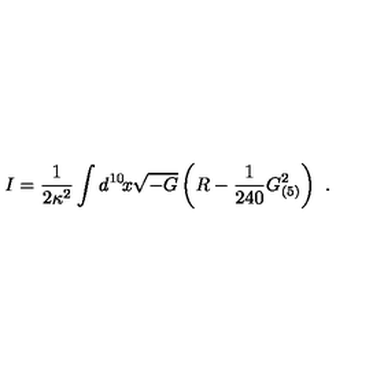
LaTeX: I = \frac { 1 } { 2 \kappa ^ { 2 } } \int d ^ { 1 0 } \! x \sqrt { - G } \left( R - \frac { 1 } { 2 4 0 } G _ { ( 5 ) } ^ { 2 } \right) \ .